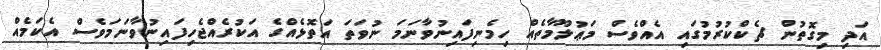
އަދި މިގޮތުން ޗެކްކުރުމުގައި އެއްވެސް މަޢުލޫމާތެއް ހިމެނިފައިނުވާނަމަ ނުވަތަ އަތޮޅެއްގެ އަކުރެއްޖެހިފައިނުވާނަމަވެސް އެކަމެއް